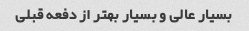
بسیار عالی و بسیار بهتر از دفعه قبلی